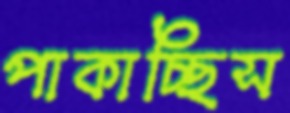
পাকাচ্ছিস